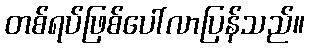
တစ်ရပ်ဖြစ်ပေါ်လာပြန်သည်။